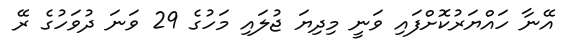
އޭނާ ހައްޔަރުކޮށްފައި ވަނީ މިދިޔަ ޖުލައި މަހުގެ 29 ވަނަ ދުވަހުގެ ރޭ